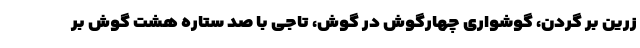
زرین بر گردن، گوشواری چهارگوش در گوش، تاجی با صد ستاره هشت گوش بر